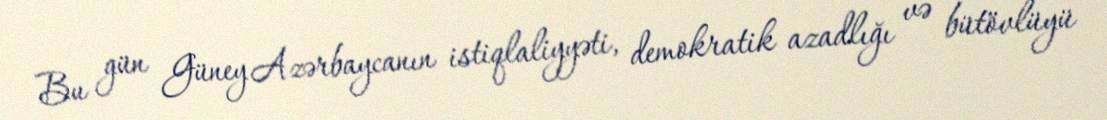
Bu gün Güney Azərbaycanın istiqlaliyyəti, demokratik azadlığı və bütövlüyü